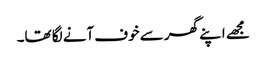
مجھے اپنے گھر سے خوف آنے لگا تھا۔